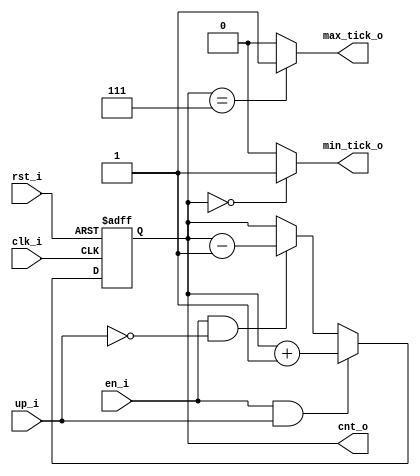
// Name: .v
//
// Description:

module univ_counter #(
  parameter Width  = 3
) (
  input              clk_i,
  input              rst_i,
  input              en_i,
  input              up_i,
  output [Width-1:0] cnt_o,
  output             max_tick_o,
  output             min_tick_o
);

  reg  [Width-1:0] reg_q, reg_d;

  always @(posedge clk_i, posedge rst_i) begin
    if (rst_i)
      reg_q <= { Width {1'b0} };
    else
      reg_q <= reg_d;
  end

  always @(*) begin
    if (en_i & up_i)
      reg_d = reg_q + 1;
    else if (en_i & ~up_i)
      reg_d = reg_q - 1;
    else
      reg_d = reg_q;
  end

  assign cnt_o = reg_q;
  assign max_tick_o = (reg_q == (2**Width-1)) ? 1'b1 : 1'b0;
  assign min_tick_o = (reg_q == 0) ? 1'b1 : 1'b0; 

endmodule